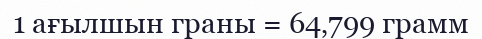
1 ағылшын граны = 64‚799 грамм